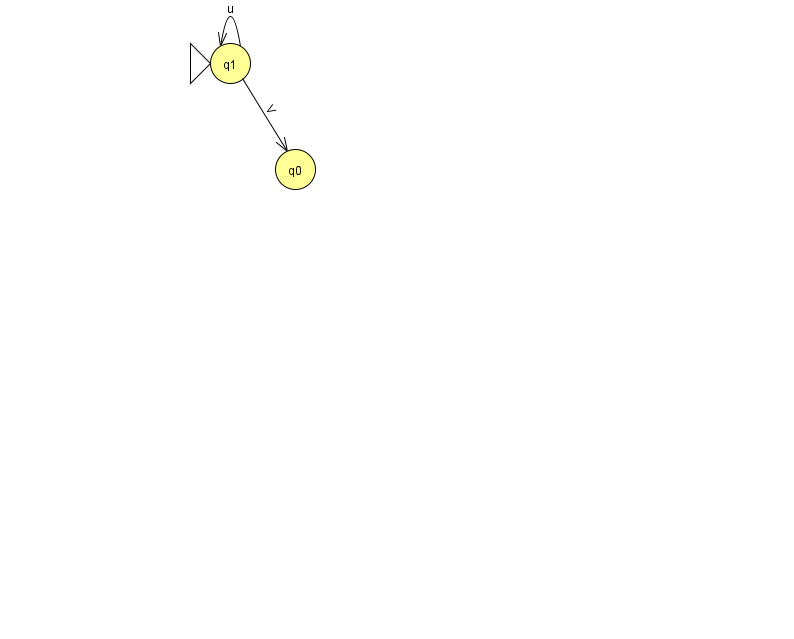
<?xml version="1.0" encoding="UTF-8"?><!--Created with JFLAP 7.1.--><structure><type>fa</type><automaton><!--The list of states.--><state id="0" name="q0"><x>295.0</x><y>156.0</y></state><state id="1" name="q1"><x>230.0</x><y>50.0</y><initial/></state><!--The list of transitions.--><transition><from>1</from><to>0</to><read>V</read></transition><transition><from>1</from><to>1</to><read>u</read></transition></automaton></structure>